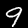
Digit: 9